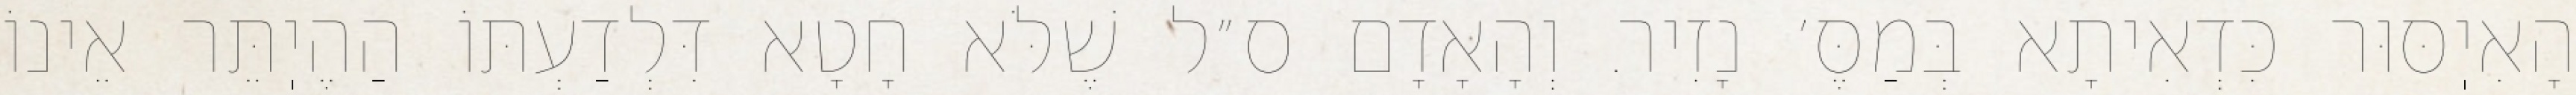
הָאִיֽסּוּר כִּדְאִיתָא בְּמַסֶּ׳ נָזִיר. וְהָאָדָם ס״ל שֶׁלֹּא חָטָא דִּלְדַעְתּוֹ הַהֶיֽתֵּר אֵינוֹ